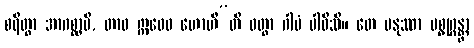
စရိတွာ အာဂစ္ဆာမိ, တာဝ ဣဓေဝ ဟောဟီ”တိ ဝတွာ ဂါမံ ပါဝိသိ။ တေ မနုဿာ ပစ္စုဂ္ဂန္တွာ